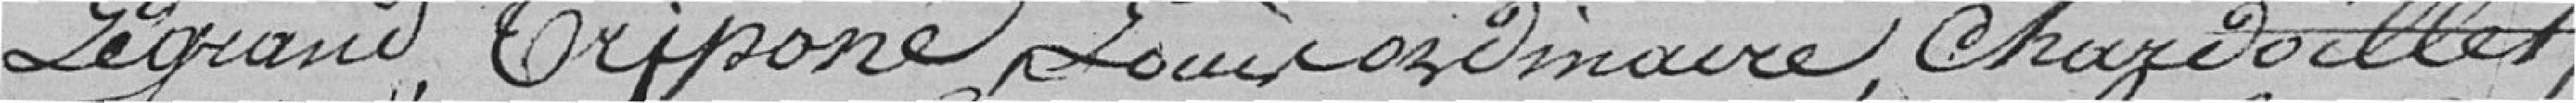
Legrand, Tripone Louis, .....